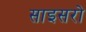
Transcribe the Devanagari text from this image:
साइसरो